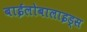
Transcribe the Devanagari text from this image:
बाईलोबालाइड्स